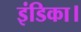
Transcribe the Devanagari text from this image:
इंडिका।